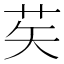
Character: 䒨